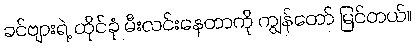
ခင်ဗျားရဲ့ ထိုင်ခုံ မီးလင်းနေတာကို ကျွန်တော် မြင်တယ်။